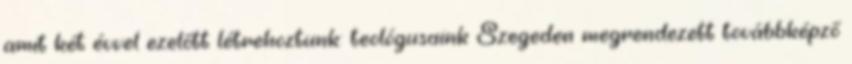
amit két évvel ezelőtt létrehoztunk: teológusaink Szegeden megrendezett továbbképző